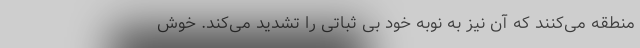
منطقه می‌کنند که آن نیز به نوبه خود بی ثباتی را تشدید می‌کند. خوش